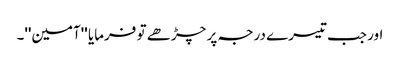
اور جب تیسرے درجہ پر چڑھے تو فرمایا ''آمین''۔